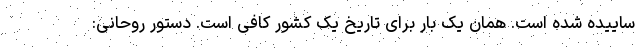
ساییده شده است. همان یک بار برای تاریخ یک کشور کافی است. دستور روحانی: